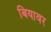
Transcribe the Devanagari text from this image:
बियावर